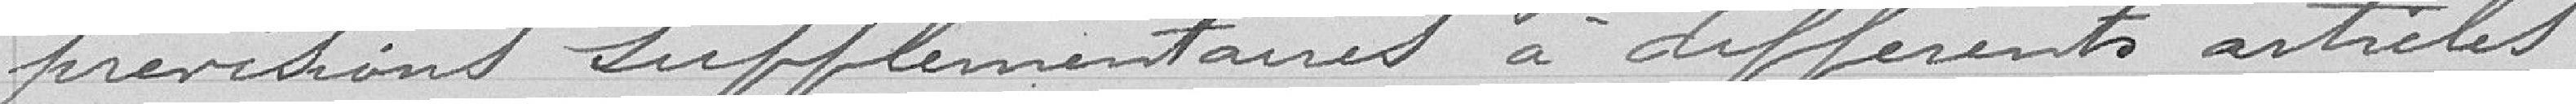
prévision supplémentaires à différents articles.